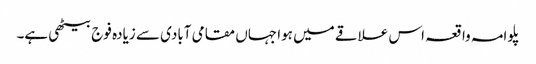
پلوامہ واقعہ اس علاقے میں ہوا جہاں مقامی آبادی سے زیادہ فوج بیٹھی ہے۔